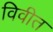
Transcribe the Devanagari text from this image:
विवीत